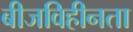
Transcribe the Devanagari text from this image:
बीजविहीनता